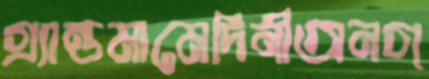
গ্র্যান্ডমামেদিনীঅনগ্